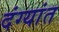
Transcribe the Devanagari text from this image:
दंग्यांत